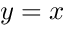
y = x